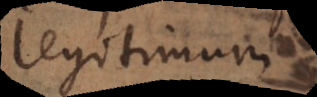
legitimum